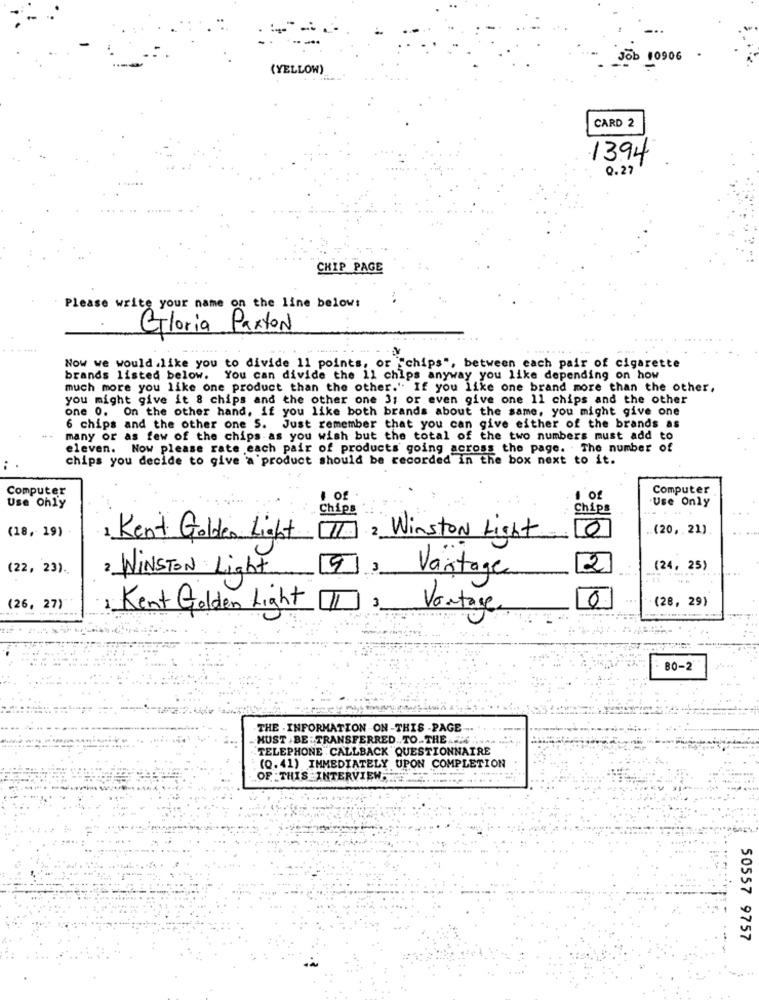
10906
(YELLOW)
CARD 2
1394
0.27
CHIP PAGE
Please write your name on the line below:
Gloria Paxton
Now we would .like you to divide 11 points, or "chips", between each pair of cigarette
brands listed below. You can divide the 11 chips anyway you like depending on how
much more you like one product than the other." If you like one brand more than the other,
you might give it 8 chips and the other one 3; or even give one 11 chips and the other
one 0. On the other hand, if you like both brands about the same, you might give one
6 chips and the other one S. Just remember that you can give either of the brands as
many or as few of the chips as you wish but the total of the two numbers must add to
eleven. Now please rate each pair of products going across the page. The number of
chips you decide to give a product should be recorded in the box next to it.
Computer
Computer
Use Ohly
I Of
of
Use Only
Chips
Chips
(18, 19)
.. (20, 21)
1 Kent Golden Light
Winston Light
(22, 23).
2
(24, 25)
2 WINSTON Light
Vantage
0
(28, 29)
(26, 27)
Kent Golden Light
Vantage
80-2
THE . INFORMATION ON-THIS -PAGE
MUST BE : TRANSFERRED .. TO.THE .... 4
TELEPHONE CALLBACK "QUESTIONNAIRE
(Q.41) IMMEDIATELY UPON COMPLETION
OF THIS INTERVIEW,
50557 9757